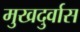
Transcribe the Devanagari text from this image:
मुखदुर्वास